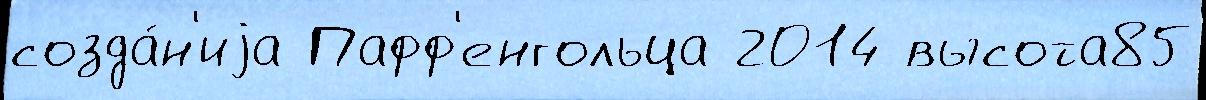
созда́н'иjа Пафф'енгольца 2014 высота85